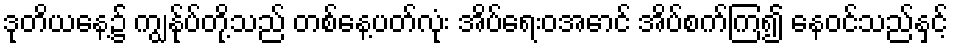
ဒုတိယနေ့၌ ကျွန်ုပ်တို့သည် တစ်နေ့ပတ်လုံး အိပ်ရေးဝအောင် အိပ်စက်ကြ၍ နေဝင်သည်နှင့်